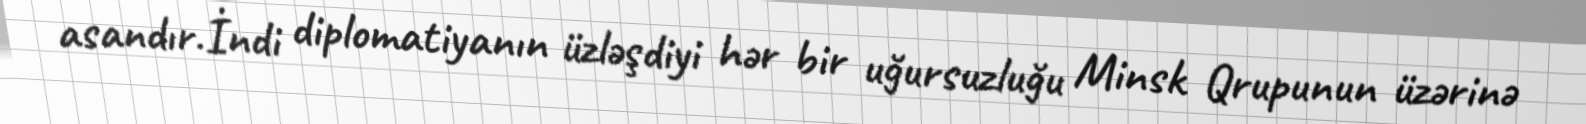
asandır.İndi diplomatiyanın üzləşdiyi hər bir uğursuzluğu Minsk Qrupunun üzərinə